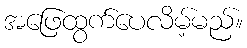
အဖြေထွက်ပေလိမ့်မည်။